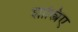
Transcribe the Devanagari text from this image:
शास्त्रिए